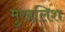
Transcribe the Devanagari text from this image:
मुखलिश